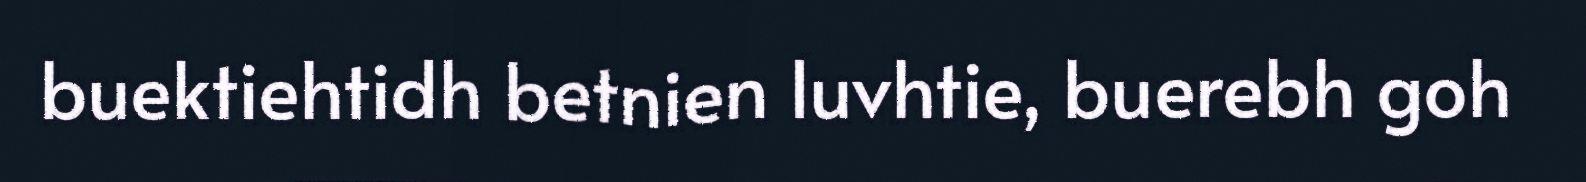
buektiehtidh betnien luvhtie, buerebh goh